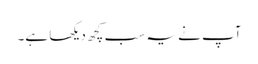
آپ نے یہ سب کچھ دیکھا ہے۔